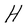
Character: H